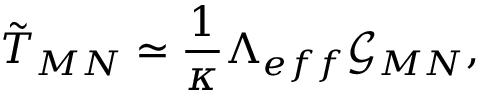
\tilde { T } _ { M N } \simeq \frac { 1 } { \kappa } \Lambda _ { e f f } \mathcal { G } _ { M N } ,